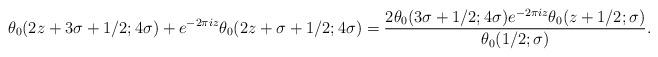
LaTeX: \begin{align*}\theta_0(2z + 3\sigma + 1/2; 4\sigma) + e^{-2\pi i z} \theta_0(2z + \sigma + 1/2; 4\sigma) = \frac{2\theta_0(3\sigma + 1/2; 4 \sigma) e^{-2\pi i z} \theta_0(z + 1/2; \sigma)}{\theta_0(1/2; \sigma)}.\end{align*}